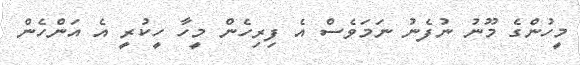
މީހުންގެ މޫނު ނުފެނު ނަމަވެސް އެ ފިރިހެން މީހާ ހީކުރީ އެ އަންހެން